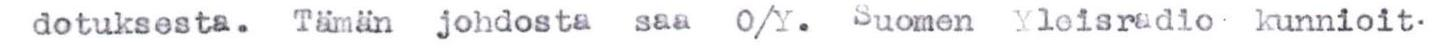
dotuksesta. Tämän johdosta saa O/Y. Suomen Yleisradio  kunnioit-